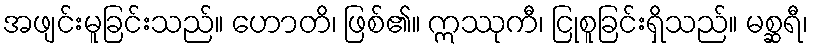
အဖျင်းမူခြင်းသည်။ ဟောတိ၊ ဖြစ်၏။ ဣဿုကီ၊ ငြုစူခြင်းရှိသည်။ မစ္ဆရီ၊